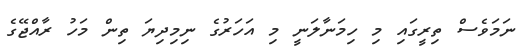
ނަމަވެސް ތިރީގައި މި ހިމަނާލަނީ މި އަހަރުގެ ނިމިދިޔަ ތިން މަހު ރާއްޖޭގެ